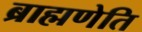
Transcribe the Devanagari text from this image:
ब्राह्मणेति